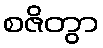
စဇိတွာ